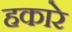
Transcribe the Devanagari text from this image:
हकारे